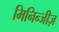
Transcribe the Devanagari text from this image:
मिनिन्जीज़